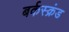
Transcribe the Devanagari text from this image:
बर्कस्क्रंड